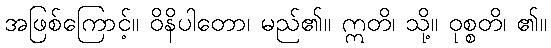
အဖြစ်ကြောင့်။ ဝိနိပါတော၊ မည်၏။ ဣတိ၊ သို့။ ဝုစ္စတိ၊ ၏။